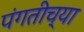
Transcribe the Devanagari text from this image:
पंगतीच्या